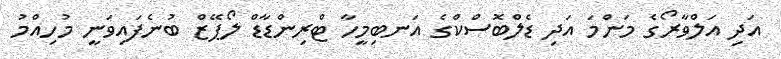
އަދި އަލްވާރޯގެ މަންމަ އަދި ޑެލްބޮސްކްގެ އަނބިމީހާ ޓްރިންޑާޑް ލޯޕޭޒް ބުނެފައިވަނީ މުހިއްމު